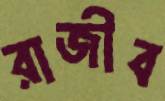
রাজীব